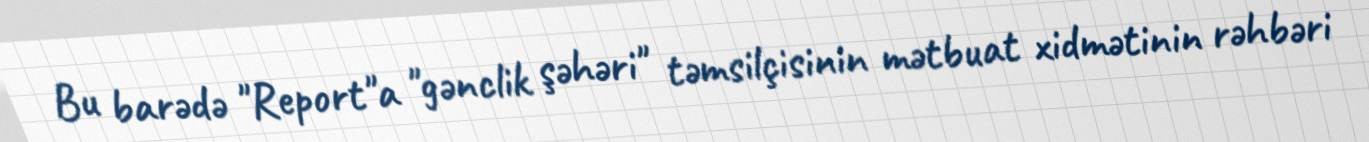
Bu barədə "Report"a "gənclik şəhəri" təmsilçisinin mətbuat xidmətinin rəhbəri